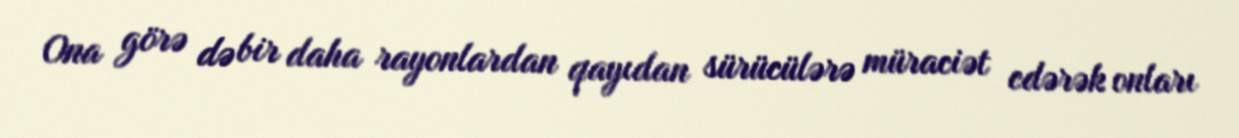
Ona görə də bir daha rayonlardan qayıdan sürücülərə müraciət edərək onları